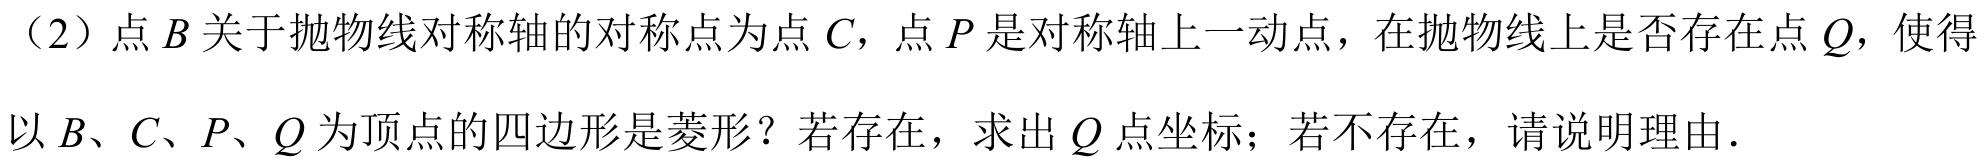
（2）点\(B\)关于抛物线对称轴的对称点为点\(C\)，点\(P\)是对称轴上一动点，在抛物线上是否存在点\(Q\)，使得以\(B\)、\(C\)、\(P\)、\(Q\)为顶点的四边形是菱形？若存在，求出\(Q\)点坐标；若不存在，请说明理由．